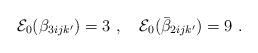
LaTeX: \begin{align*}{\cal E}_0(\beta_{3ijk'}) = 3 ~,~~~{\cal E}_0(\bar\beta_{2ijk'}) = 9 ~.\end{align*}